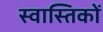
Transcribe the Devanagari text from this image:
स्वास्तिकों